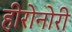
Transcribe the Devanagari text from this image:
हीरोनोरी